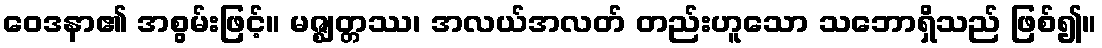
ဝေဒနာ၏ အစွမ်းဖြင့်။ မဇ္ဈတ္တဿ၊ အလယ်အလတ် တည်းဟူသော သဘောရှိသည် ဖြစ်၍။